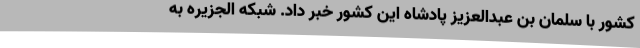
کشور با سلمان بن عبدالعزیز پادشاه این کشور خبر داد. شبکه الجزیره به